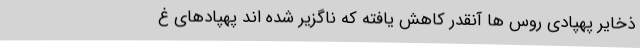
ذخایر پهپادی روس ها آنقدر کاهش یافته که ناگزیر شده اند پهپادهای غ